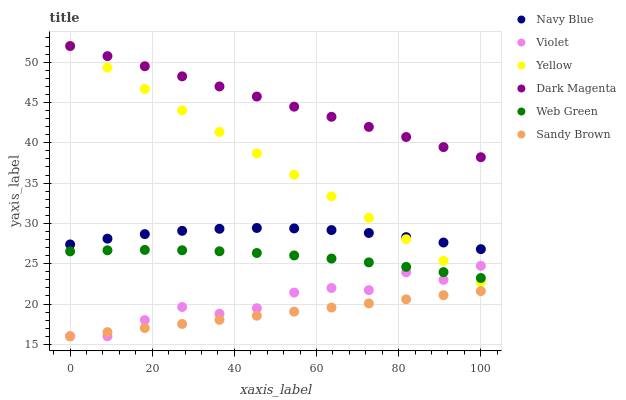
| xaxis_label | Navy Blue | Violet | Yellow | Dark Magenta | Web Green | Sandy Brown |
 | --- | --- | --- | --- | --- | --- | --- |
 | 0 | 27.4 | 16 | 52 | 52 | 26.5 | 16 |
 | 9.09 | 28.1 | 16 | 49.3 | 50.7 | 26.7 | 16.5 |
 | 18.2 | 28.7 | 18 | 46.7 | 49.5 | 26.7 | 17 |
 | 27.3 | 29.1 | 19.6 | 44 | 48.2 | 26.7 | 17.5 |
 | 36.4 | 29.3 | 18.8 | 41.3 | 47 | 26.5 | 18 |
 | 45.5 | 29.4 | 19.5 | 38.7 | 45.7 | 26.3 | 18.5 |
 | 54.5 | 29.4 | 21.4 | 36 | 44.5 | 26 | 19.1 |
 | 63.6 | 29.2 | 22 | 33.4 | 43.2 | 25.6 | 19.6 |
 | 72.7 | 28.8 | 21.7 | 30.7 | 42 | 25.2 | 20.1 |
 | 81.8 | 28.3 | 23.9 | 28 | 40.7 | 24.6 | 20.6 |
 | 90.9 | 27.6 | 23 | 25.4 | 39.5 | 24 | 21.1 |
 | 100 | 26.8 | 24.7 | 22.7 | 38.2 | 23.2 | 21.6 |